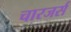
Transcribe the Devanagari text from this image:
चारजर्स